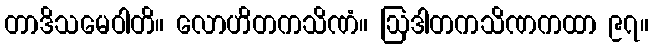
တာဒိသမေဝါတိ။ လောဟိတကသိဏံ။ ဩဒါတကသိဏကထာ ၉၇။